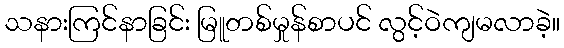
သနားကြင်နာခြင်း မြူတစ်မှုန်စာပင် လွင့်ဝဲကျမလာခဲ့။